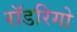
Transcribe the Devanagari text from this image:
रॉडरिगो